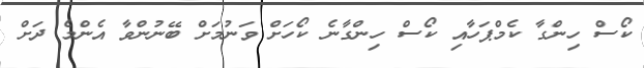
ކޯސް ހިންގާ ކެމްޕަހާއި ކޯސް ހިންގާނެ ކޯހަށް ވަނުމަށް ބޭނުންވާ އެންމެ ދަށް